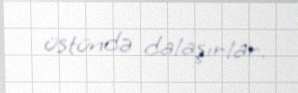
üstündə dalaşırlar.